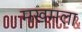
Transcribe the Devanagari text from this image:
मखमला